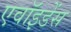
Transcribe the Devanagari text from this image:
एवॉइडेंस